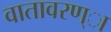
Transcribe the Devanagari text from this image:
वातावरण्ा